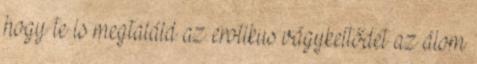
hogy te is megtaláld az erotikus vágykeltődet az álom